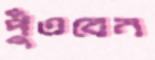
পুঁতবেন